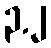
၃.၂